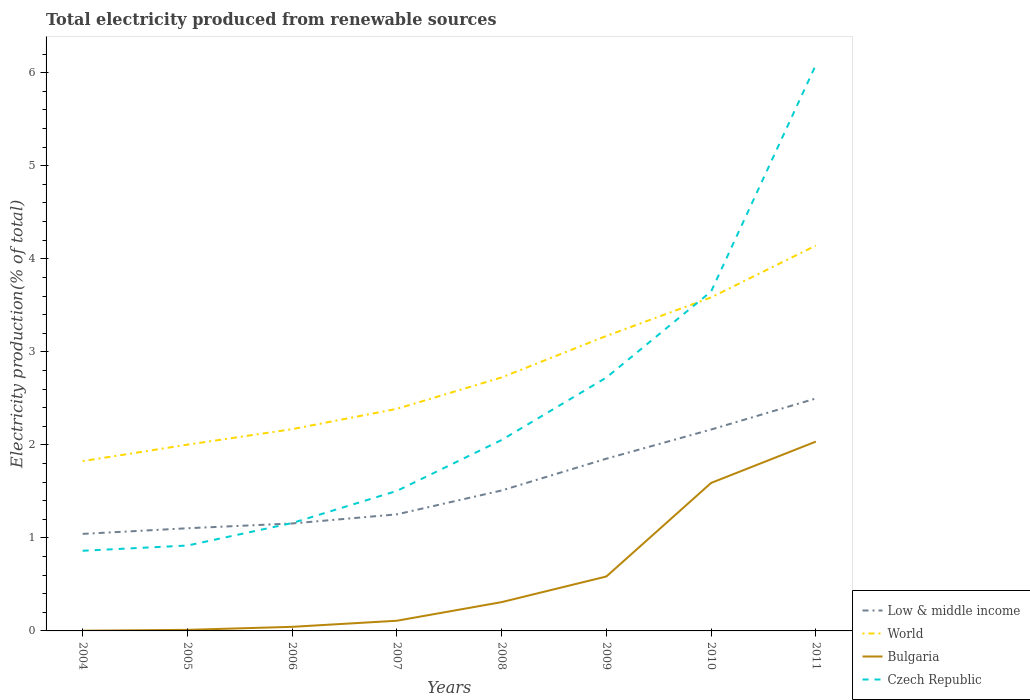
| Years | Low & middle income | World | Bulgaria | Czech Republic |
 | --- | --- | --- | --- | --- |
 | 2004 | 1.04 | 1.83 | 0.00241 | 0.862 |
 | 2005 | 1.1 | 2 | 0.0114 | 0.918 |
 | 2006 | 1.16 | 2.17 | 0.044 | 1.16 |
 | 2007 | 1.25 | 2.39 | 0.109 | 1.51 |
 | 2008 | 1.51 | 2.72 | 0.31 | 2.05 |
 | 2009 | 1.85 | 3.17 | 0.585 | 2.72 |
 | 2010 | 2.16 | 3.58 | 1.59 | 3.65 |
 | 2011 | 2.5 | 4.14 | 2.04 | 6.08 |